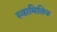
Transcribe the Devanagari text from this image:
स्वामितिव